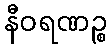
နီဝရဏဉ္စ